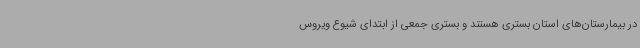
در بیمارستان‌های استان بستری هستند و بستری جمعی از ابتدای شیوع ویروس